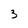
Character: 3